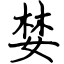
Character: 婪